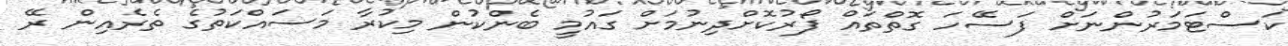
ކަސްޓަމަރުންނަށް ފަސޭހަ ގޮތްތައް ފޯރުކޮށްދިނުމަށް ގައުމީ ބެންކުން މިކުރާ މަސައްކަތުގެ ތެރެއިން ރޭ